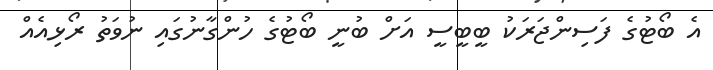
އެ ބޯޓުގެ ފަސިންޖަރަކު ބީބީސީ އަށް ބުނީ ބޯޓުގެ ހުންގާނުގައި ނުވަތު ރޯޅިއެއް